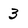
Character: 3